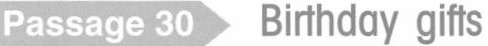
Passage 30 Birthday gifts